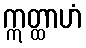
ဣတ္ထာဟံ